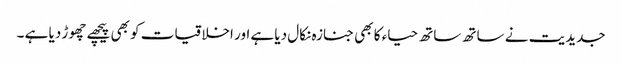
جدیدیت نے ساتھ ساتھ حیاء کا بھی جنازہ نکال دیا ہے اور اخلاقیات کو بھی پیچھے چھوڑ دیا ہے ۔